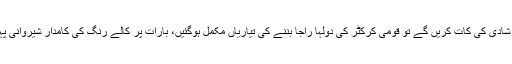
15اپریل 2014ء) عمر اکمل کی شادی کی کات کریں گے تو قومی کرکٹر کی دولہا راجا بننے کی تیاریاں مکمل ہوگئیں، بارات پر کالے رنگ کی کامدار شیروانی پہن کر نور آمنہ کا ہاتھ تھامیں گے۔